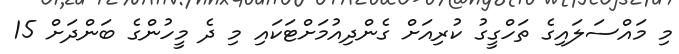
މި މައްސަލައިގެ ތަހްގީގު ކުރިއަށް ގެންދިއުމަށްޓަކައި މި ދެ މީހުންގެ ބަންދަށް 15